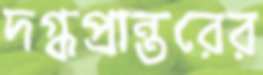
দগ্ধপ্রান্তরের